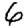
Digit: 6